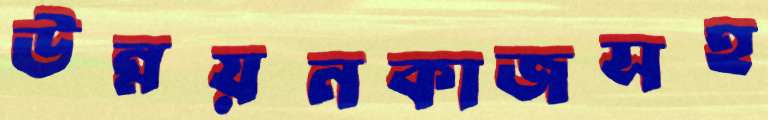
উন্নয়নকাজসহ